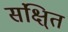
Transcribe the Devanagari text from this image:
संक्षि्त